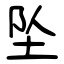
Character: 坠